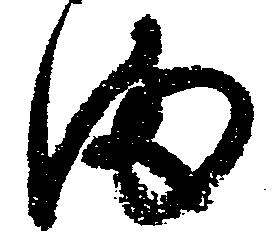
満